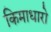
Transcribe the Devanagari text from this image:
किमाधारो